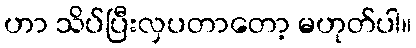
ဟာ သိပ်ပြီးလှပတာတော့ မဟုတ်ပါ။